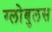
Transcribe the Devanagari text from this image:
ग्लोबुलस